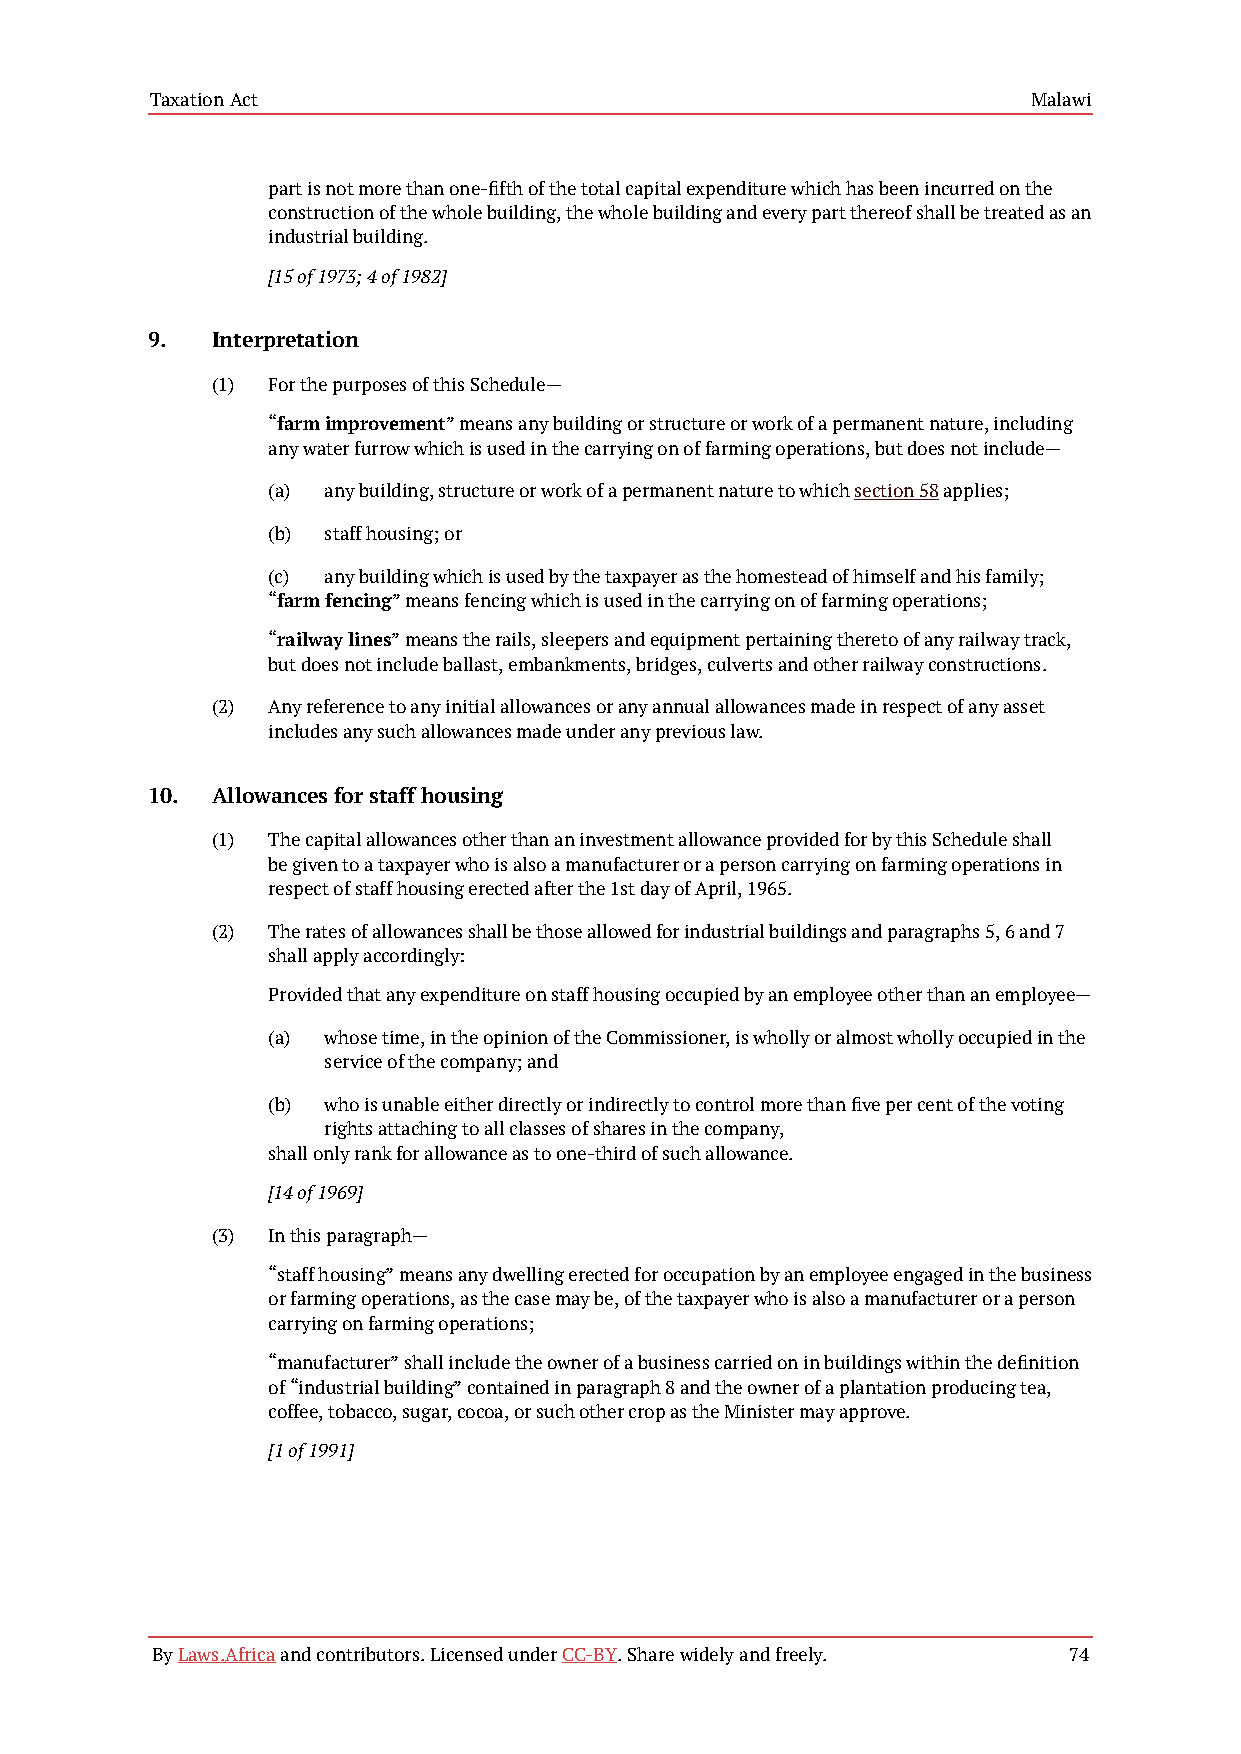
Taxation Act                                              Malawi
 part is not more than one-fifth of the total capital expenditure which has been incurred on the
 construction of the whole building, the whole building and every part thereof shall be treated as an
 industrial building.
 [15 of 1973; 4 of 1982]
 9.  Interpretation
 (1) For the purposes of this Schedule—
 “farm improvement” means any building or structure or work of a permanent nature, including
 any water furrow which is used in the carrying on of farming operations, but does not include—
 (a) any building, structure or work of a permanent nature to which section 58 applies;
 (b) staff housing; or
 (c) any building which is used by the taxpayer as the homestead of himself and his family;
 “farm fencing” means fencing which is used in the carrying on of farming operations;
 “railway lines” means the rails, sleepers and equipment pertaining thereto of any railway track,
 but does not include ballast, embankments, bridges, culverts and other railway constructions.
 (2) Any reference to any initial allowances or any annual allowances made in respect of any asset
 includes any such allowances made under any previous law.
 10. Allowances for staff housing
 (1) The capital allowances other than an investment allowance provided for by this Schedule shall
 be given to a taxpayer who is also a manufacturer or a person carrying on farming operations in
 respect of staff housing erected after the 1st day of April, 1965.
 (2) The rates of allowances shall be those allowed for industrial buildings and paragraphs 5, 6 and 7
 shall apply accordingly:
 Provided that any expenditure on staff housing occupied by an employee other than an employee—
 (a) whose time, in the opinion of the Commissioner, is wholly or almost wholly occupied in the
 service of the company; and
 (b) who is unable either directly or indirectly to control more than five per cent of the voting
 rights attaching to all classes of shares in the company,
 shall only rank for allowance as to one-third of such allowance.
 [14 of 1969]
 (3) In this paragraph—
 “staff housing” means any dwelling erected for occupation by an employee engaged in the business
 or farming operations, as the case may be, of the taxpayer who is also a manufacturer or a person
 carrying on farming operations;
 “manufacturer” shall include the owner of a business carried on in buildings within the definition
 of “industrial building” contained in paragraph 8 and the owner of a plantation producing tea,
 coffee, tobacco, sugar, cocoa, or such other crop as the Minister may approve.
 [1 of 1991]
 By Laws.Africa and contributors. Licensed under CC-BY. Share widely and freely. 74